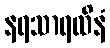
နရသာရထိနံ